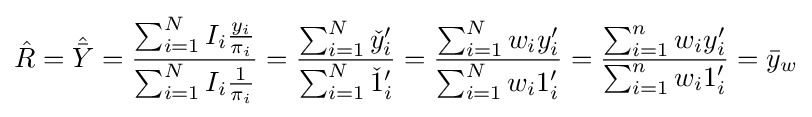
{\hat {R}}={\hat {\bar {Y}}}={\frac {\sum _{i=1}^{N}I_{i}{\frac {y_{i}}{\pi _{i}}}}{\sum _{i=1}^{N}I_{i}{\frac {1}{\pi _{i}}}}}={\frac {\sum _{i=1}^{N}{\check {y}}'_{i}}{\sum _{i=1}^{N}{\check {1}}'_{i}}}={\frac {\sum _{i=1}^{N}w_{i}y'_{i}}{\sum _{i=1}^{N}w_{i}1'_{i}}}={\frac {\sum _{i=1}^{n}w_{i}y'_{i}}{\sum _{i=1}^{n}w_{i}1'_{i}}}={\bar {y}}_{w}